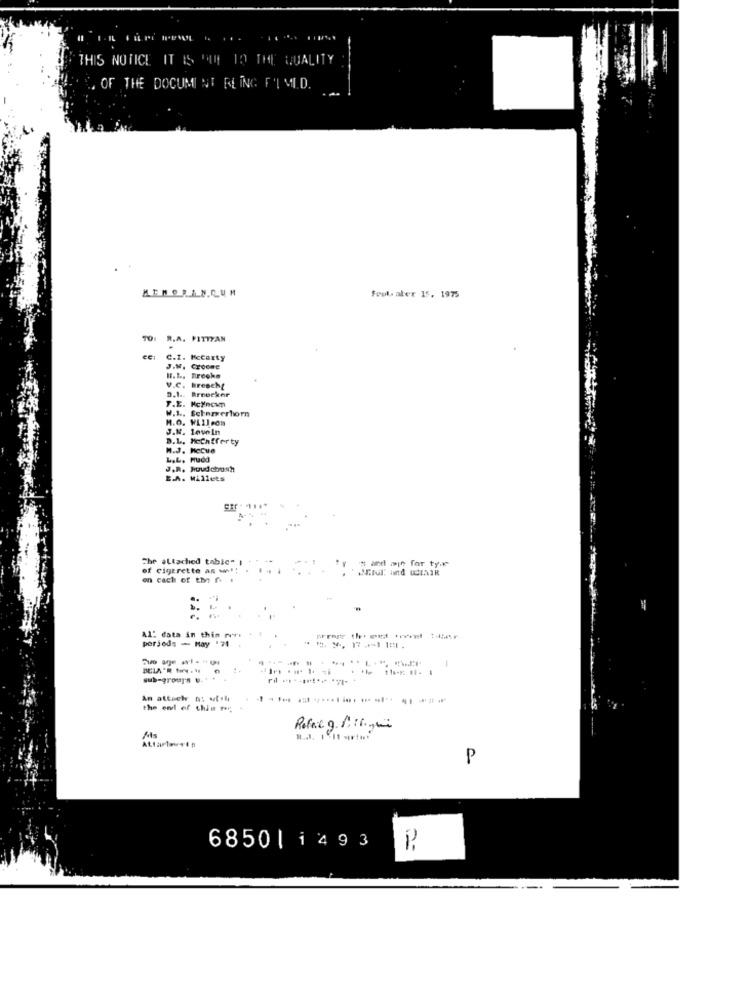
THIS NOTICE IT IS DIE TO THE QUALITY
OF THE DOCUMENT FLING F'IMID.
MEMORANDUM
feul aler 15, 1975
TO: R.A. PITTYAN
C.I. Mccarty
J.M. Croome
V.C. Brescht
D.1 .. Broecker
T.E. McHocky
W.1 ., Selamerhorn
M.O. WLIleon
J.N. leveln
D.L. Mccafferty
M.J. Hecue
L.L, Hadd
J.R. Houd chash
E.A. Willets
Che altached tabic"
*= d -we for ty.k
of cigarette an w !!
cach of the f .
Al" data in this mir.
period; - May '74
---------------
-
sub-groups v.
An attach nt viteli
the end of this red
Rafet g. A.L ., C
P
6850 | 1493
2